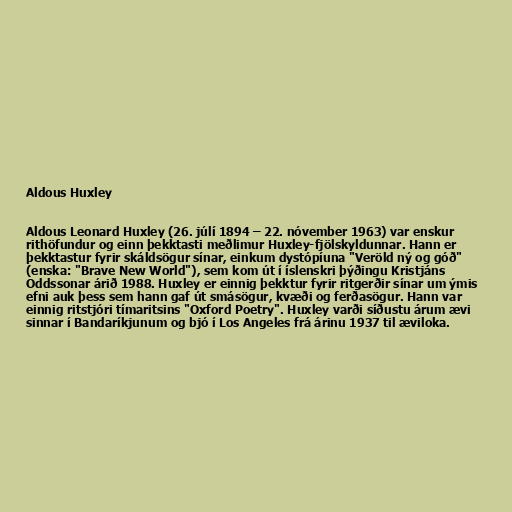
Aldous Huxley

Aldous Leonard Huxley (26. júlí 1894 – 22. nóvember 1963) var enskur
rithöfundur og einn þekktasti meðlimur Huxley-fjölskyldunnar. Hann er
þekktastur fyrir skáldsögur sínar, einkum dystópíuna "Veröld ný og góð"
(enska: "Brave New World"), sem kom út í íslenskri þýðingu Kristjáns
Oddssonar árið 1988. Huxley er einnig þekktur fyrir ritgerðir sínar um ýmis
efni auk þess sem hann gaf út smásögur, kvæði og ferðasögur. Hann var
einnig ritstjóri tímaritsins "Oxford Poetry". Huxley varði síðustu árum ævi
sinnar í Bandaríkjunum og bjó í Los Angeles frá árinu 1937 til æviloka.